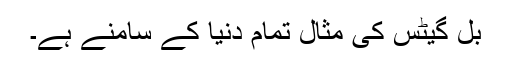
بل گیٹس کی مثال تمام دنیا کے سامنے ہے۔